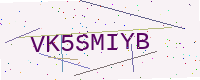
Text: VK5SMIYB